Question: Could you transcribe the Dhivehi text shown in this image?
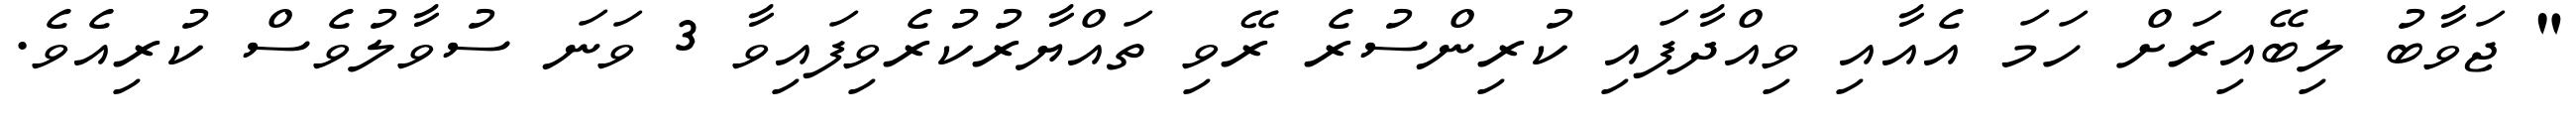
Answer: " ޖަވާބު ލިބޭއިރަށް ހަމަ އެއާއި ވިއްދާފައި ކުރިންސުރެ ރޭވި ތައްޔާރުކުރެވިފައިވާ 3 ވަނަ ސުވާލުވެސް ކުރިއެވެ.